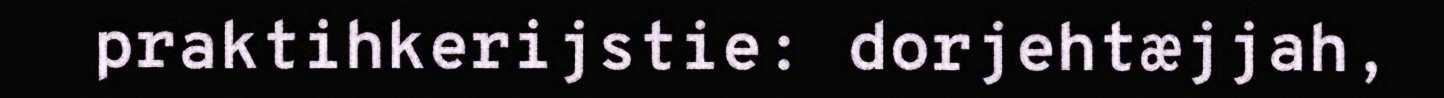
praktihkerijstie: dorjehtæjjah,